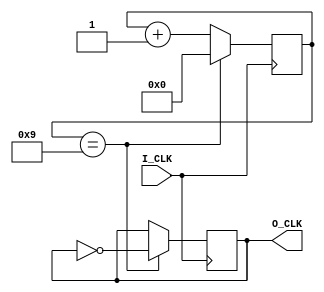
module Divider #(parameter WIDTH=4,N = 20)(I_CLK, O_CLK);
	input I_CLK;
	output reg O_CLK=0;
    
	reg [WIDTH-1:0] counter=0;
    
	always@(posedge I_CLK) begin
		if(counter==N/2-1) begin
			counter<='b0;
			O_CLK<=~O_CLK;
		end
		else begin
			counter<=counter+'b1;
		end
	end
endmodule